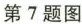
第7题图